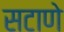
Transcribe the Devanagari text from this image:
सटाणे